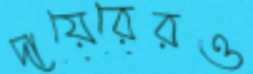
দায়েরেরও